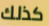
كذلك